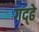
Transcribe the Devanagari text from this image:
गद्ढे